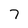
Character: 7